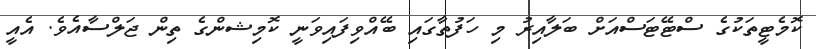
ކޮމެޓީތަކުގެ ސްޓޭޓަސްއަށް ބަލާއިރު މި ހަފުތާގައި ބޭއްވިފައިވަނީ ކޮމިޝންގެ ތިން ޖަލްސާއެވެ. އެއީ